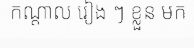
កណ្តាល រៀង ៗ ខ្លួន មក